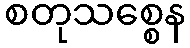
စတုသစ္စေန